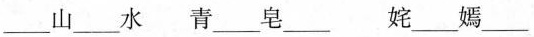
___山___水 青___皂___ 姹___嫣___